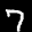
Label: 7